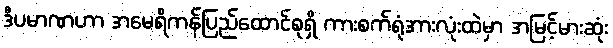
ဒီပမာဏဟာ အမေရိကန်ပြည်ထောင်စုရှိ ကားစက်ရုံအားလုံးထဲမှာ အမြင့်မားဆုံး